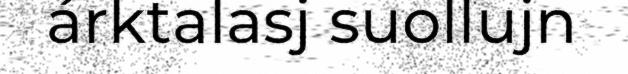
árktalasj suollujn